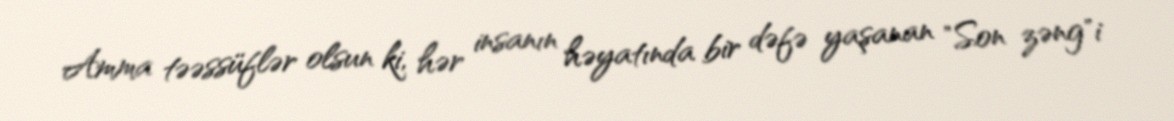
Amma təəssüflər olsun ki, hər insanın həyatında bir dəfə yaşanan "Son zəng"i